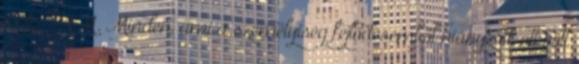
RAJTAM. Minden, ami a személyiség fejlődésemből hiányzott, ott volt